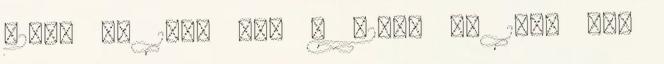
-2,0% BG 1,85 mio t -2,6% FR 1,57 mio